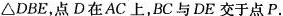
△DBE,点D在AC上，BC与DE交于点P。